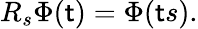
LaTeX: R_{s}\Phi(\mathsf{t})=\Phi(\mathsf{t}s).